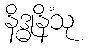
နိဒ္ဓုနိံသု